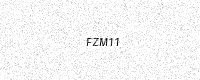
Text: FZM11